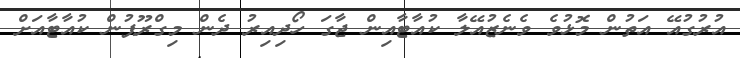
އުރުގުއޭ އަތުން މޮޅުވެ ވެނެޒުއޭލާ ކުއާޓާއިން ޖާގަ ހޯދިއިރު ދެން މިގްރޫޕުން ކުއާޓާއަށް